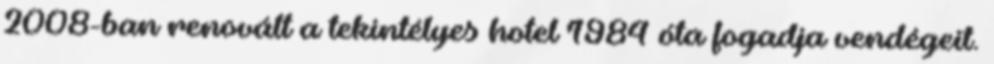
2008-ban renovált a tekintélyes hotel 1984 óta fogadja vendégeit.